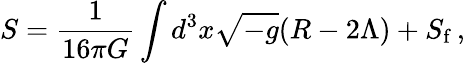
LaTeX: S=\frac{1}{16\pi G}\int d^{3}x\sqrt{-g}(R-2\Lambda)+S_{\mathrm{f}}\, ,